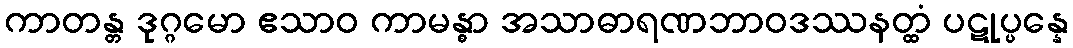
ကာတန္တ ဒုဂ္ဂမော ဧသာဝ ကာမန္ဓာ အသာဓာရဏဘာဝဒဿနတ္ထံ ပဋုပ္ပန္နေ